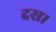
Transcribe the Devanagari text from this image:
दस।